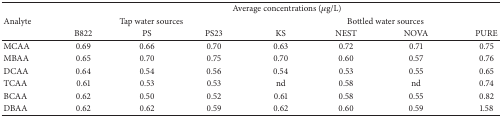
<table><thead><tr><td><b> </b></td><td colspan="7"><b>Average concentrations (<i>μ</i>g/L)</b></td></tr><tr><td><b>Analyte</b></td><td colspan="3"><b>Tap water sources</b></td><td colspan="4"><b>Bottled water sources</b></td></tr><tr><td><b> </b></td><td><b>B822</b></td><td><b>PS</b></td><td><b>PS23</b></td><td><b>KS</b></td><td><b>NEST</b></td><td><b>NOVA</b></td><td><b>PURE</b></td></tr></thead><tbody><tr><td>MCAA</td><td>0.69</td><td>0.66</td><td>0.70</td><td>0.63</td><td>0.72</td><td>0.71</td><td>0.75</td></tr><tr><td>MBAA</td><td>0.65</td><td>0.70</td><td>0.75</td><td>0.70</td><td>0.60</td><td>0.57</td><td>0.76</td></tr><tr><td>DCAA</td><td>0.64</td><td>0.54</td><td>0.56</td><td>0.54</td><td>0.53</td><td>0.55</td><td>0.65</td></tr><tr><td>TCAA</td><td>0.61</td><td>0.53</td><td>0.53</td><td>nd</td><td>0.58</td><td>nd</td><td>0.74</td></tr><tr><td>BCAA</td><td>0.62</td><td>0.50</td><td>0.52</td><td>0.61</td><td>0.58</td><td>0.55</td><td>0.82</td></tr><tr><td>DBAA</td><td>0.62</td><td>0.62</td><td>0.59</td><td>0.62</td><td>0.60</td><td>0.59</td><td>1.58</td></tr></tbody></table>